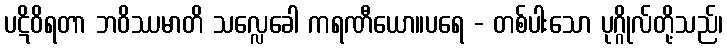
ပဋိဝိရတာ ဘဝိဿမာတိ သလ္လေခေါ ကရဏီယော။ပရေ - တစ်ပါးသော ပုဂ္ဂိုလ်တို့သည်၊